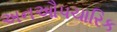
અનઔપચારિક